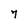
Character: 7